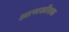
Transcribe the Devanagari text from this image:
आणखीएक